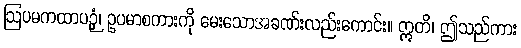
ဩပမကထာပဉှံ၊ ဥပမာစကားကို မေးသောအခဏ်းလည်းကောင်း။ ဣတိ၊ ဤသည်ကား